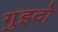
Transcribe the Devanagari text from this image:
गुइदो